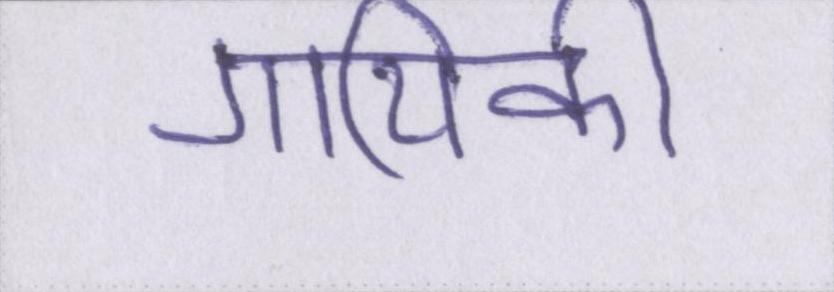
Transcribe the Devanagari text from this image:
गायिकी